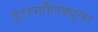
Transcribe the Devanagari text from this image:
इंटरमॉलिक्युलर